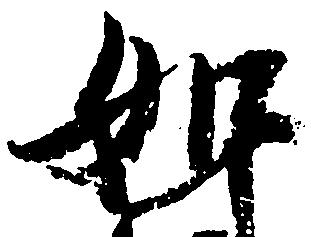
如